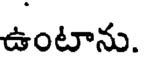
ఉంటాను.